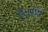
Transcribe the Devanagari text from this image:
डेलराॅय